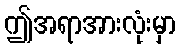
ဤအရာအားလုံးမှာ